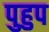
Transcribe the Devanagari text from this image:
पुहुप